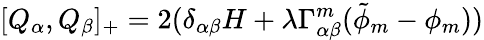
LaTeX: [Q_{\alpha},Q_{\beta}]_{+}=2(\delta_{\alpha\beta}H+\lambda\Gamma_{\alpha\beta}^{m}(\tilde{\phi}_{m}-\phi_{m}))